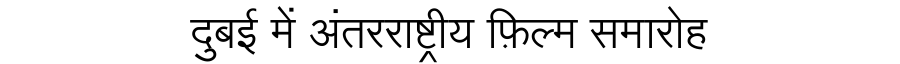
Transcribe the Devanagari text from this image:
दुबई में अंतरराष्ट्रीय फ़िल्म समारोह